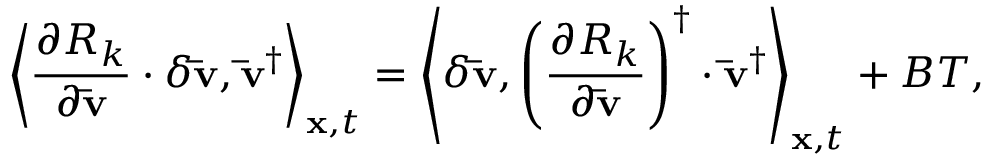
{ \left\langle { \frac { { \partial { R _ { k } } } } { { \partial { \bf { \bar { v } } } } } \cdot \delta { \bf { \bar { v } } } , { { { \bf { \bar { v } } } } ^ { \dag } } } \right\rangle _ { { \bf { x } } , t } } = { \left\langle { \delta { \bf { \bar { v } } } , { { \left( { \frac { { \partial { R _ { k } } } } { { \partial { \bf { \bar { v } } } } } } \right) } ^ { \dag } } \cdot { { { \bf { \bar { v } } } } ^ { \dag } } } \right\rangle _ { { \bf { x } } , t } } + B T ,